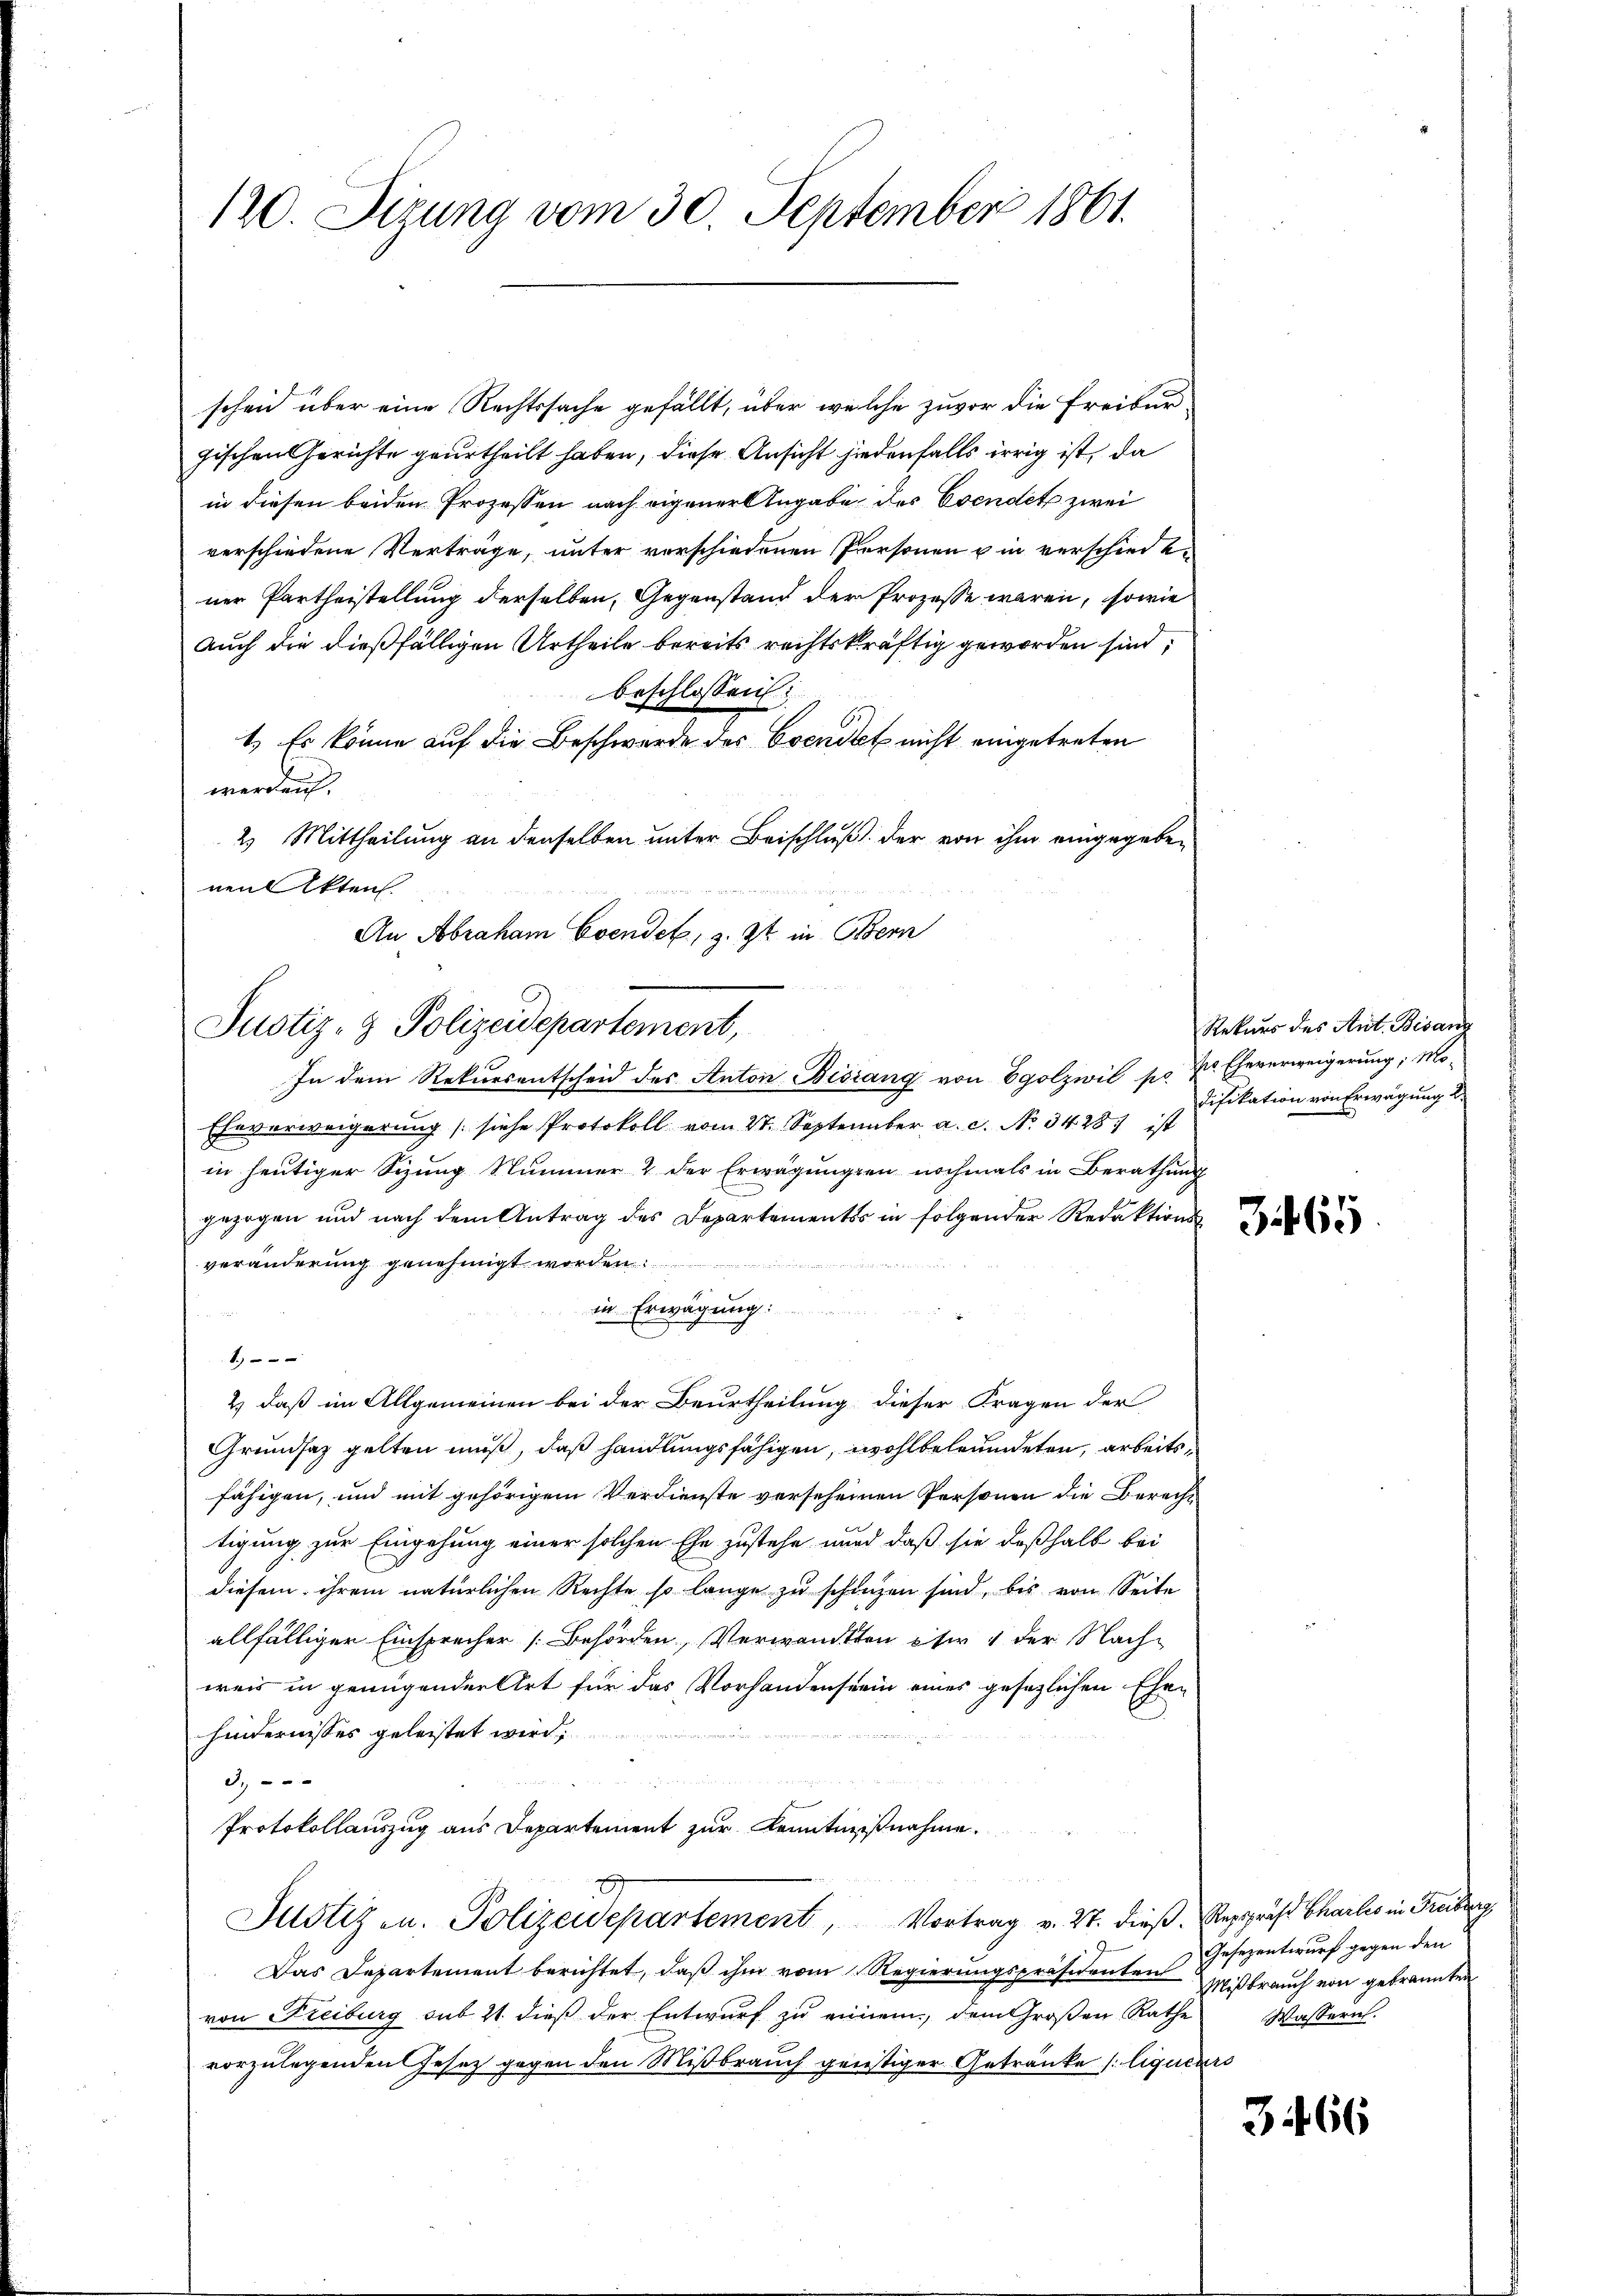
120. Sizung vom 30. September 1861.

schen über eine Rechtssache gefällt, über welche zuvor die Freibur
gischen Gerichte geurtheilt haben, diese Ansicht jedenfalls irrig ist, da
in diesen beiden Prozessen nach eigener Angabe des Esendet zwei
verschiedene Verträge, unter verschiedenen Personen u in verschiede
ner Partheistellung derselben, Gegenstand der Prozesse waren, sowie
Auch die dießfälligen Urtheile bereits rechtskräftig geworden sind,
beschlossen:
1.) Es könne auf die Beschwerde des Coenitet nicht eingetreten
werdeich.
2. Mittheilung an denselben unter Beischluß der von ihm eingegebenen Akten
An Abraham Evendet, z. Zt. in Bern
In dem Rekursentscheid des Anton Bisiang von Egolzwil pr. Kr. Eheverweigerung; Mo¬
Eheverweigerung (siehe Protokoll vom 21. September a. c. No. 3428) ist
in heutiger Sizung Nummer & der Erwägungen nochmals in Berathung
gezogen und nach dem Antrag des Departements in folgender Redaktions
veränderung genehmigt worden.
in Erwägung:
u
1.)
2) daß im Allgemeinen bei der Beurtheilung dieser Fragen der
Grundsaz gelten muß, daß handlungsfähigen, wohlbeleumdeten, arbeits,
fähigen, und mit gehörigem Verdienste versehenen Personen die Berecht
tigung zur Eingehung einer solchen Ehe zustehe und daß sie deßhalb bei
diesem ihrem natürlichen Rechte so lange zu schienzen sind, bis von Seite
allfälliger Einsprecher [Behörden, Verwandten et 1 der Nach-
weis in genügender Art für das Vorhandensein eines gesezlichen Ehen
hindernisses geleistet wird.
3.
Protokollauszug aus Departement zur Kenntnißnahme.
Justiz u. Polizeidepartement, Vortrag v. 27. dieß. Reppris Chailes in Freiburg
Das Departement berichtet, daß ihm vom Regierungspräsidenten Mißbrauch von gebrannten
von Freiburg sub 21. dieß der Entwurf zu einem, dem Großen Rathe Wassern.
vorzulegenden Gesetz gegen den Mißbrauch günstiger Getränke /: liquiars

Justiz- & Polizeidepartement,

Rekurs des Ant. Bisanz
difikation von Erwägung 2.

Gesezentwurf gegen den

3466